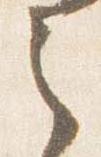
之